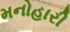
મનોહારી